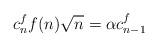
LaTeX: \begin{align*}c_n^f f(n)\sqrt{n} = \alpha c_{n-1}^f\end{align*}